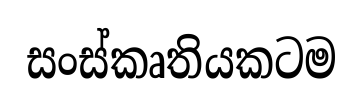
සංස්කෘතියකටම